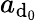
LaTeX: a_{\mathrm{d}_{0}}